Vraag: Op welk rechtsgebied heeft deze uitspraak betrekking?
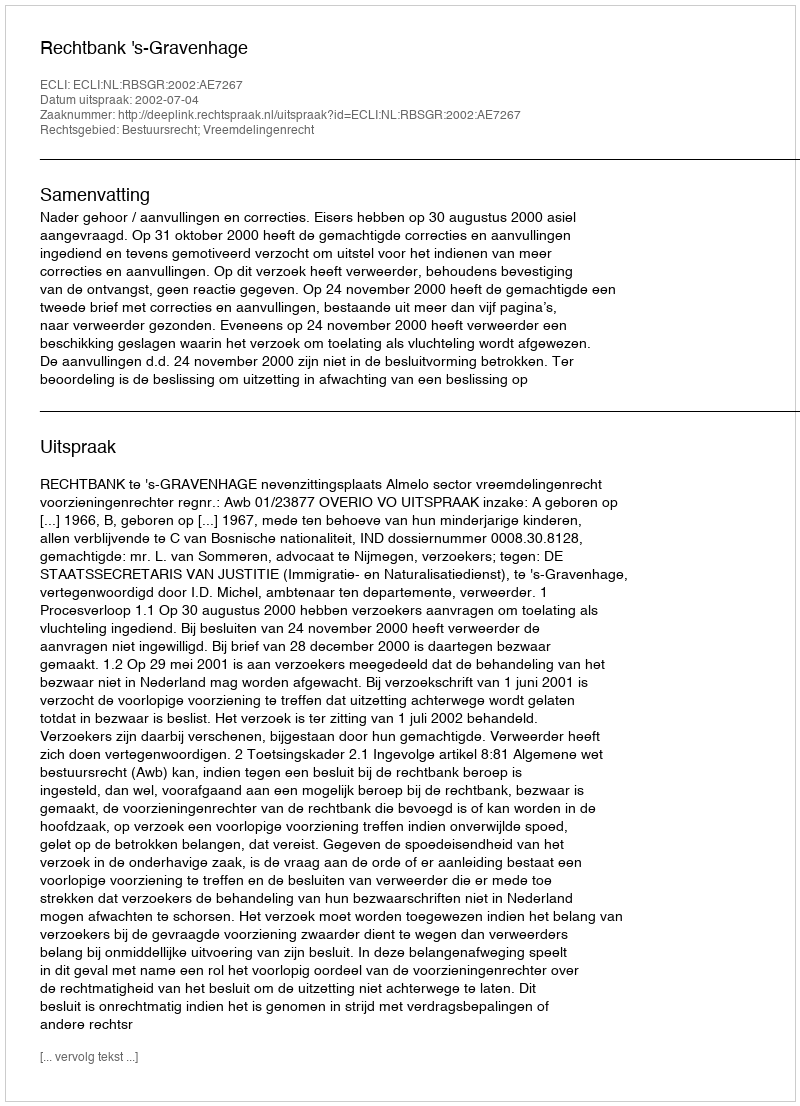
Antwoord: Bestuursrecht; Vreemdelingenrecht